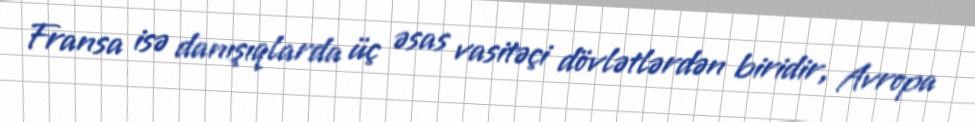
Fransa isə danışıqlarda üç əsas vasitəçi dövlətlərdən biridir, Avropa